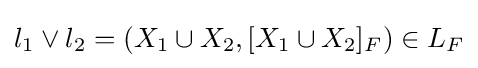
{\textstyle l_{1}\vee l_{2}=\left(X_{1}\cup X_{2},[X_{1}\cup X_{2}]_{F}\right)\in L_{F}}